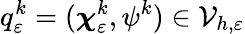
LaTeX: q_{\varepsilon}^{k}=(\boldsymbol{\chi}_{\varepsilon}^{k},\psi^{k})\in\mathcal{V}_{h,\varepsilon}